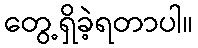
တွေ့ရှိခဲ့ရတာပါ။